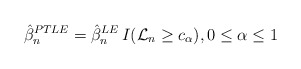
\begin{align*}\hat{\beta}_n^{PTLE} = \hat{\beta}_n^{LE} \, I(\mathcal{L}_n \ge c_\alpha), 0 \leq \alpha \leq 1\end{align*}